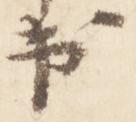
出